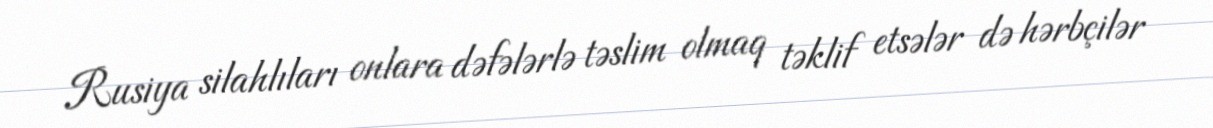
Rusiya silahlıları onlara dəfələrlə təslim olmaq təklif etsələr də hərbçilər